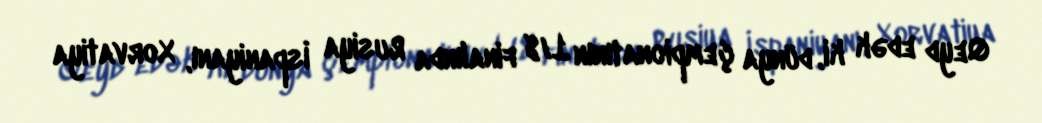
Qeyd edək ki, dünya çempionatının 1/8 finalında Rusiya İspaniyanı, Xorvatiya